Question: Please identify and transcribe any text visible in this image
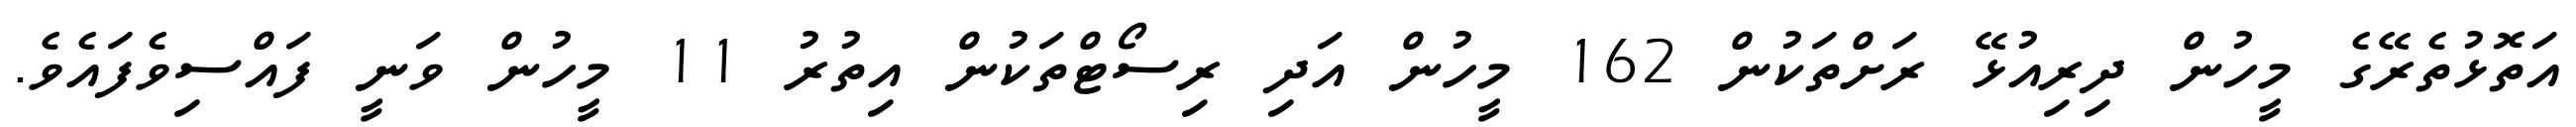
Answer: އަތޮޅުތެރޭގެ މީހުން ދިރިއުޅޭ ރަށްތަކުން 162 މީހުން އަދި ރިސޯޓްތަކުން އިތުރު 11 މީހުން ވަނީ ފައްސިވެފައެވެ.